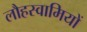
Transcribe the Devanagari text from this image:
लौहस्वामियों